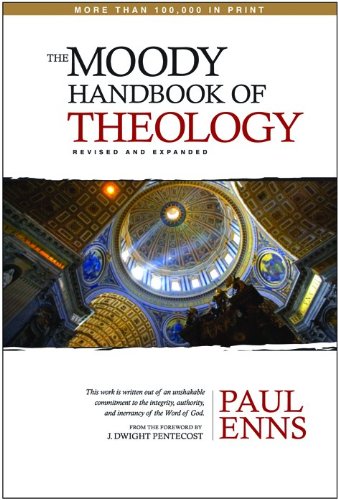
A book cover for The Moody Handbook of Theology; Paul P Enns; Christian Books & Bibles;